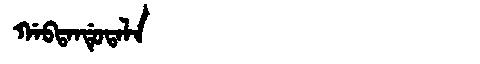
Manchu: ᡤᠠᠪᡨᠠᠨᡩᡠᡨᠠᠯᠠ
Romanization: GABTANDUTALA